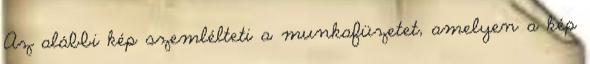
Az alábbi kép szemlélteti a munkafüzetet, amelyen a kép